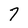
Character: 7